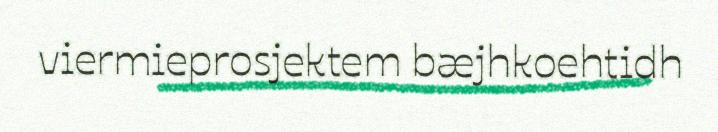
viermieprosjektem bæjhkoehtidh